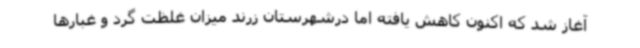
آغاز شد که اکنون کاهش یافته اما درشهرستان زرند میزان غلظت گرد و غبارها